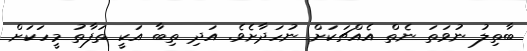
ބާތިލު ނުވަތަ ނެތް އެއްޗަކަށް ނުހަދާށެވެ. އަދި ތިބާ އަކީ ތަފާތު މީހަކަށް